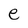
Character: e